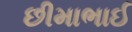
છીમાભાઈ